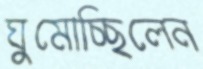
ঘুমোচ্ছিলেন